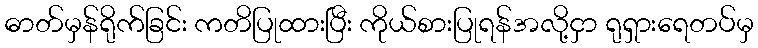
ဓာတ်မှန်ရိုက်ခြင်း ကတိပြုထားပြီး ကိုယ်စားပြုရန်အလို့ငှာ ရုရှားရေတပ်မှ